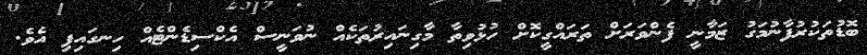
ބޮޑުތަކުރުފާނުމަގު ޒަމާނީ ފެންވަރަށް ތަރައްގީކޮށް ހުޅުވިތާ މާގިނައިރުތަކެއް ނުވަނީސް އެކްސިޑެންޓެއް ހިނގައިފި އެވެ.